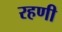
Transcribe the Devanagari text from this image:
रहणी